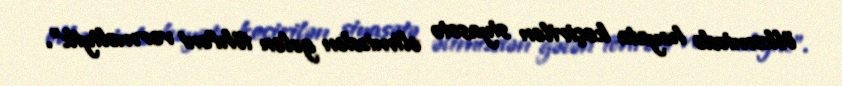
ölkəmizdə həyata keçirilən siyasətə əlimizdən gələn töhfəni verməliyik”.